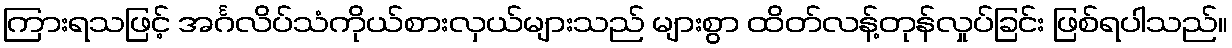
ကြားရသဖြင့် အင်္ဂလိပ်သံကိုယ်စားလှယ်များသည် များစွာ ထိတ်လန့်တုန်လှုပ်ခြင်း ဖြစ်ရပါသည်။